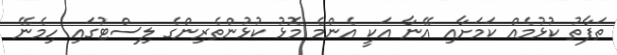
ތަފާތު ކުޅުމެއް ކަމަށާއި އޭނާ އަކީ އެންމެ މޮޅު ކުޅުންތެރިންގެ ލިސްޓުގައި ހިމެނޭ